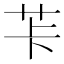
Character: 𦭌